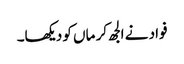
فواد نے الجھ کر ماں کو دیکھا۔